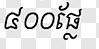
៤០០ផ្លែ